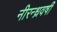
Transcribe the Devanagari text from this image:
नीरन्ध्रवर्षी